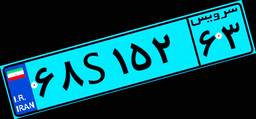
۵۰S۴۴۰۳۰